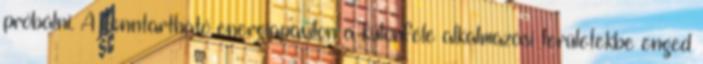
próbálni. A fenntartható energiapavilon a különféle alkalmazási területekbe enged